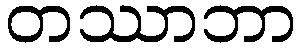
တဿာဘာ